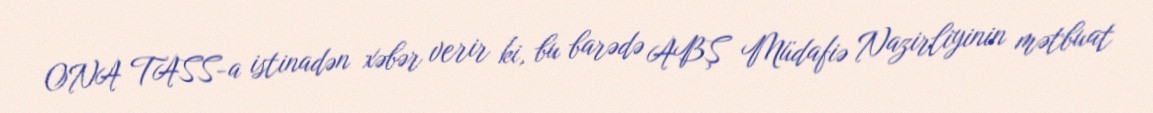
ONA TASS-a istinadən xəbər verir ki, bu barədə ABŞ Müdafiə Nazirliyinin mətbuat